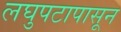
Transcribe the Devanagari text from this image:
लघुपटापासून